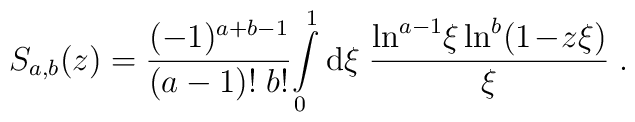
S_{a,b}(z) = \frac{(-1)^{a+b-1}}{(a-1)! \; b!} \!\int\limits_0^1\mbox{d} \xi\; \frac{\ln^{a-1}\!\xi \ln^b (1\!-\!z\xi)}{\xi} \; .